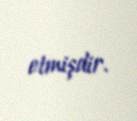
etmişdir.